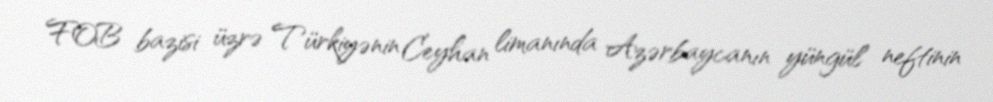
FOB bazisi üzrə Türkiyənin Ceyhan limanında Azərbaycanın yüngül neftinin